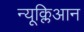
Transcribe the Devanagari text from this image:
न्यूक्लिआन